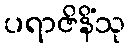
ပရာဇိနိံသု